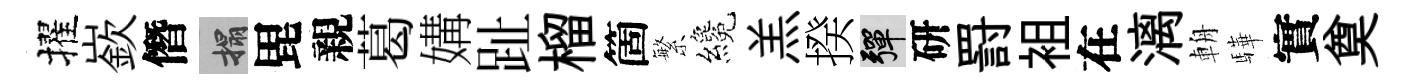
擢嶔僭搨毘親葛媾趾榴箇繁纔羔揆彈研罸袓在漓輈驊實奠